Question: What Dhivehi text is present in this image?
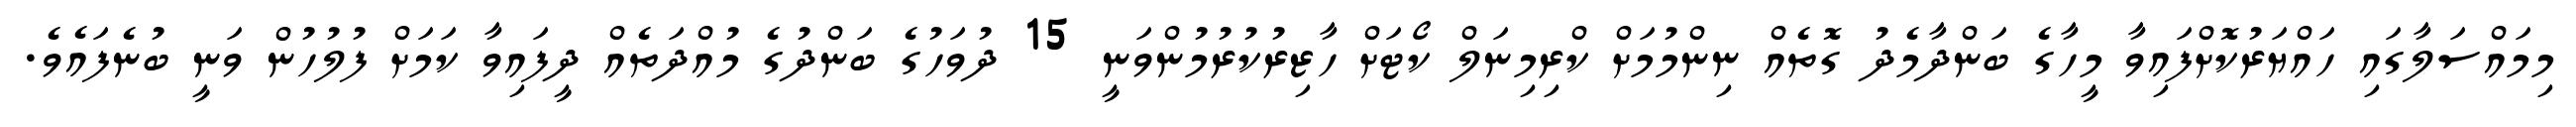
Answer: މިމައްސަލާގައި ހައްޔަރުކޮށްފައިވާ މީހާގެ ބަންދާމެދު ގޮތެއް ނިންމުމަށް ކްރިމިނަލް ކޯޓަށް ހާޒިރުކުރުމުންވަނީ 15 ދުވަހުގެ ބަންދުގެ މުއްދަތެއް ދީފައިވާ ކަމަށް ފުލުހުން ވަނީ ބުނެފައެވެ.